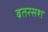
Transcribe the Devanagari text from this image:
बतरसश